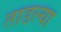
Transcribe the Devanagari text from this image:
ताडल्या